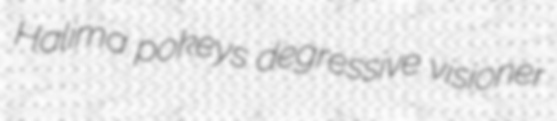
Halima pokeys degressive visioner